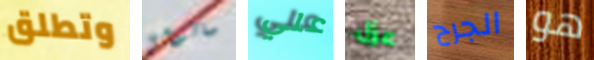
وتطلق سالومي علي عزل الجرح هو